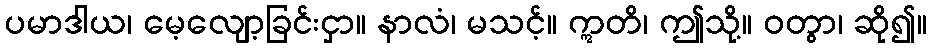
ပမာဒါယ၊ မေ့လျော့ခြင်းငှာ။ နာလံ၊ မသင့်။ ဣတိ၊ ဤသို့။ ဝတွာ၊ ဆို၍။